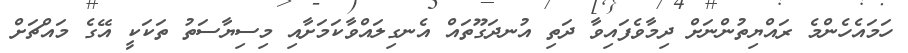
ހަމައެހެންމެ ރައްޔިތުންނަށް ދިމާވެފައިވާ ދަތި އުނދަގޫތައް އެނގިލައްވާކަމަށާއި މިސިޔާސަތު ތަކަކީ އޭގެ މައްޗަށް